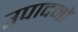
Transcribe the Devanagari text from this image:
उपादनों